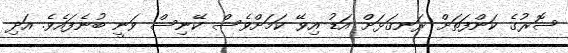
ސޮރުގެ ކަންފަތަށް ރަނގަޅަށް އަޑު އިވޭ ކަމަށްވެސް ކޭނިސް ވަނީ ބުނެފައެވެ. އަދި